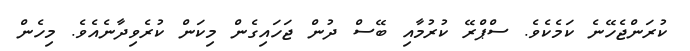
ކުރަންޖެހޭނެ ކަމެކެވެ. ސްޕްރޭ ކުރުމާއި ބޭސް ދުން ޖަހައިގެން މިކަން ކުރެވިދާނެއެވެ. މިހެން